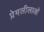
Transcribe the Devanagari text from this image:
प्रेमलीलाओं